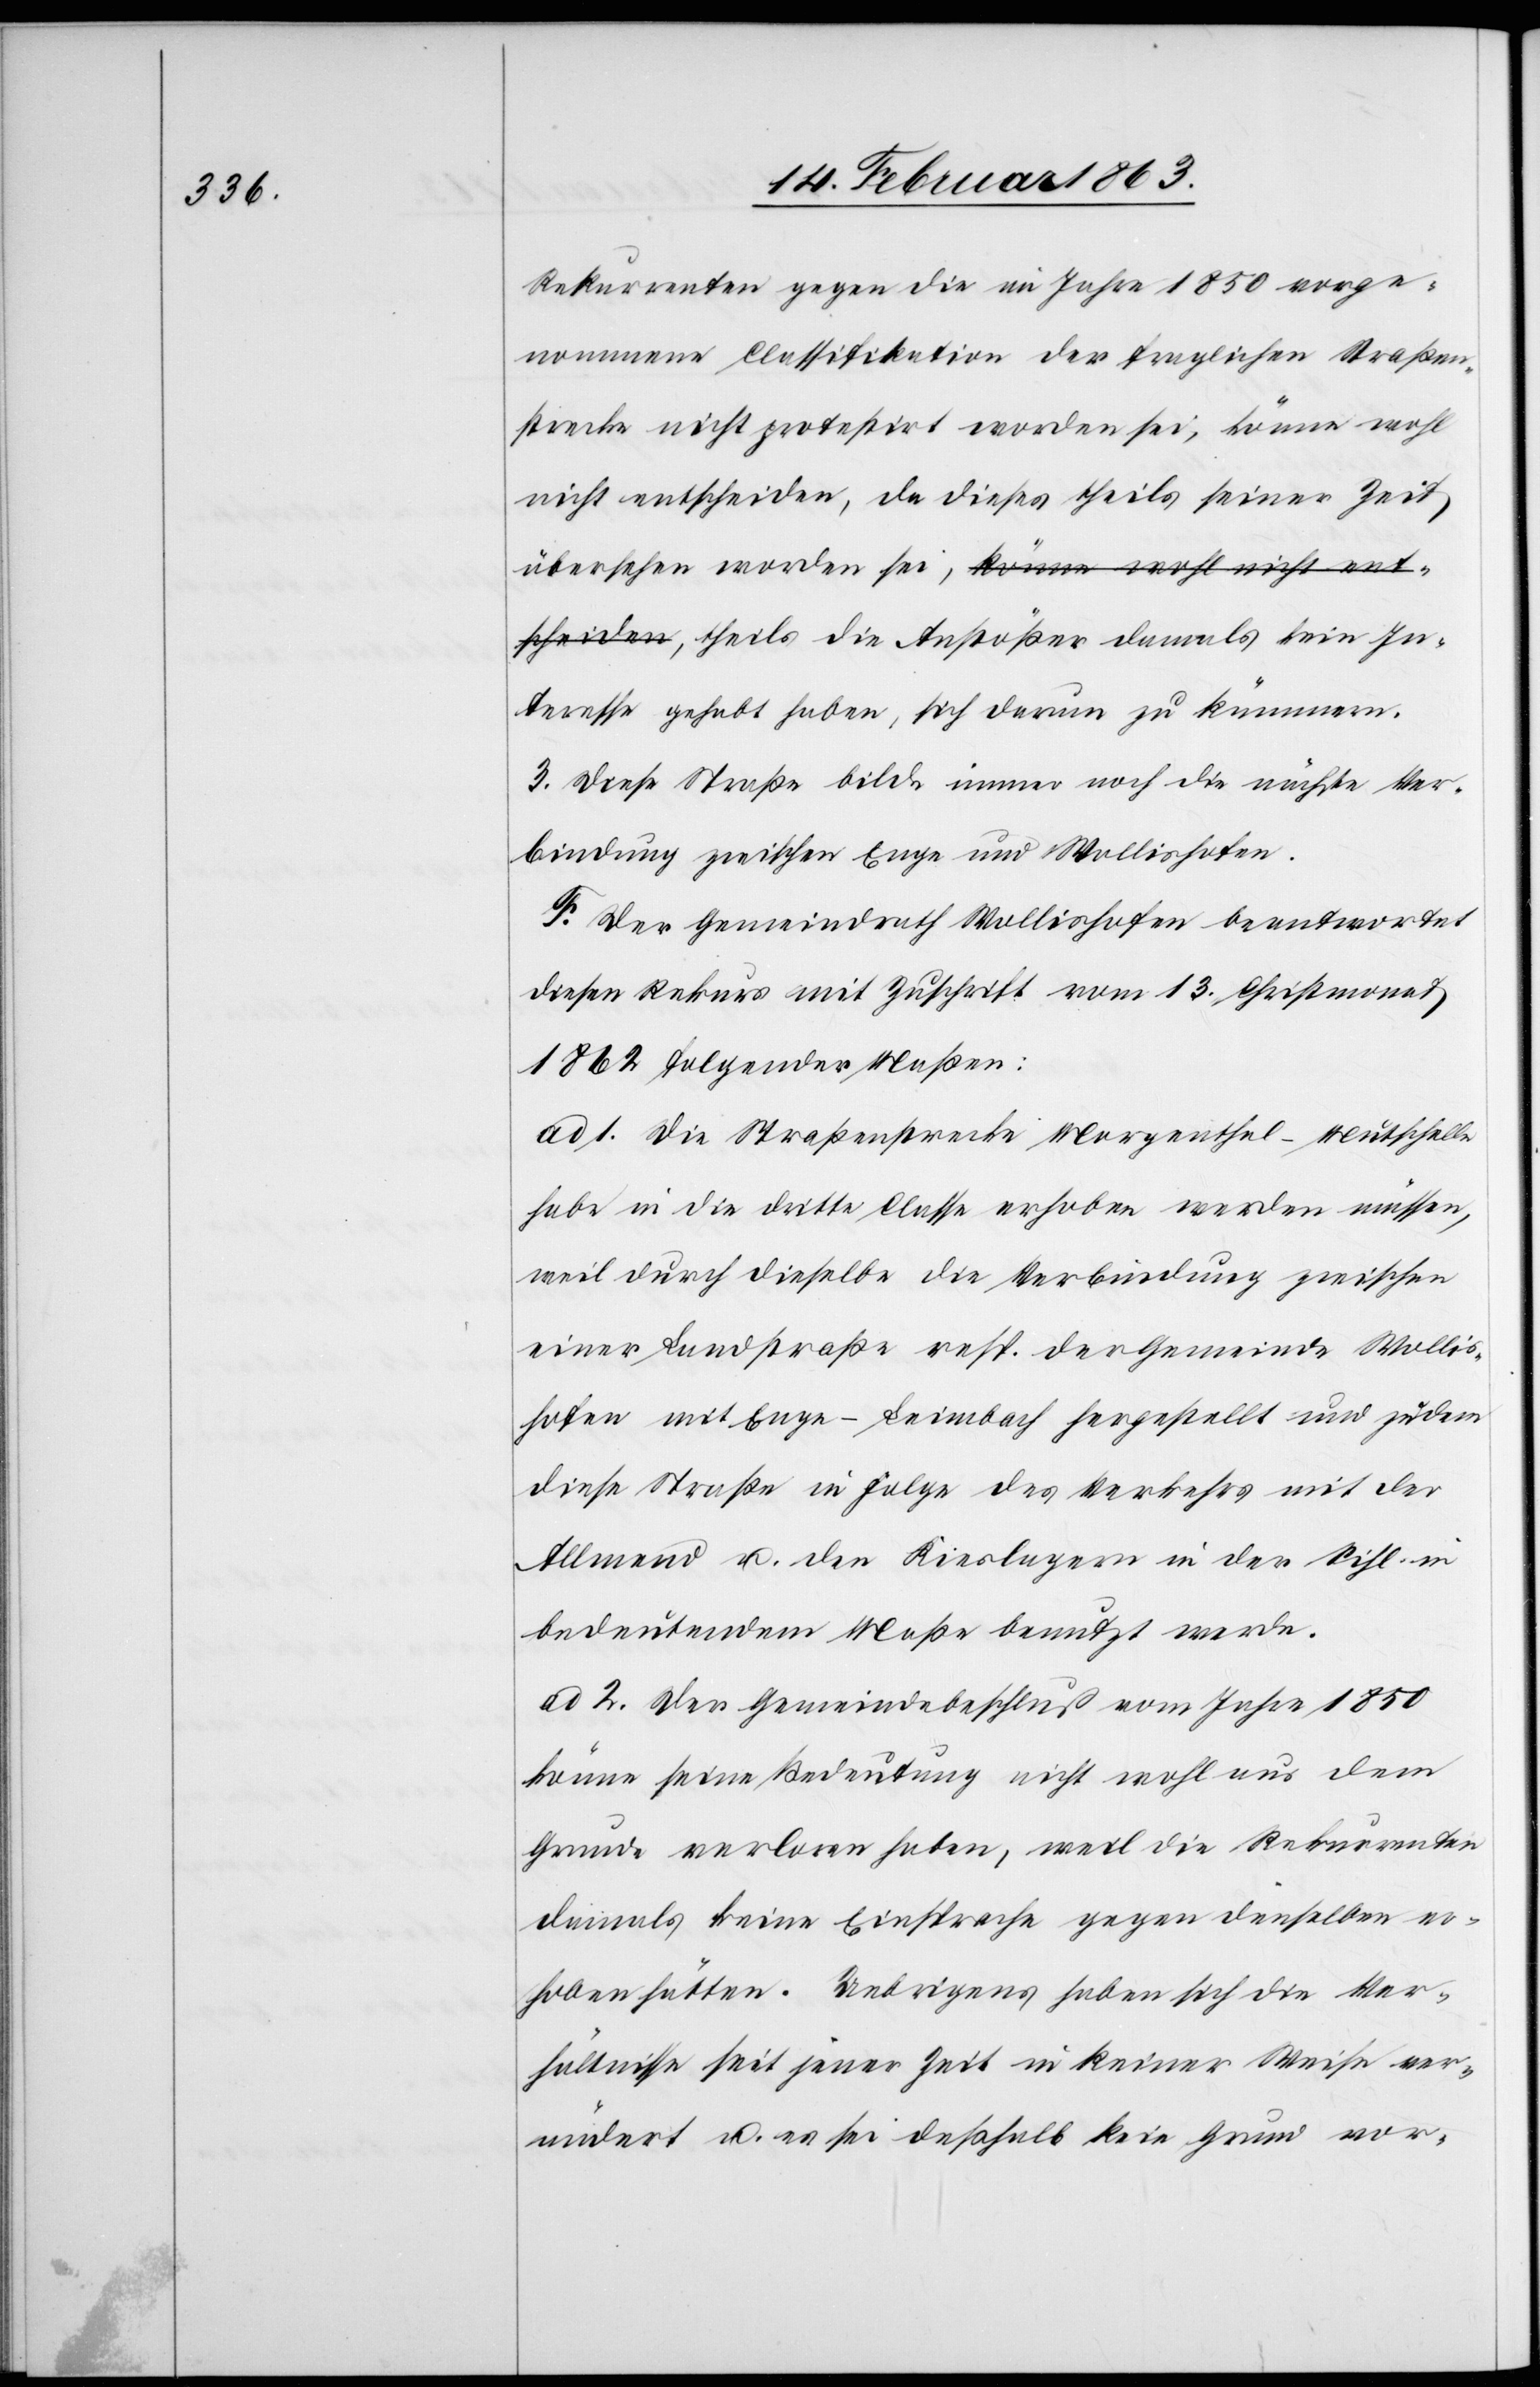
ößer

Rekurrenten gegen die im Jahre 1850 vorge¬
nommene Classifikation der fraglichen Straßen¬
strecke nicht protestirt worden sei, könne wohl
nicht entscheiden, da dieses theils seiner Zeit
übersehen worden sei, theils die Anst¬
Interesse gehabt haben, sich darum zu kümmern.
3.) Diese Straße bilde immer noch die nächste Ver¬
bindung zwischen Enge und Wollishofen.
F. Der Gemeindrath Wollishofen beantwortet
diesen Rekurs mit Zuschrift vom 13. Christmonat
1862 folgender Maßen:
ad 1. Die Straßenstrecke Morgenthal–Mutschelle
habe in die dritte Classe erhoben werden müssen,
weil durch dieselbe die Verbindung zwischen
einer Landstraße resp. der Gemeinde Wollis¬
hofen mit Enge–Leimbach hergestellt und zudem
diese Straße in Folge des Verkehrs mit der
Allmend u. den Kieslagern in der Sihl in
bedeutendem Maße benutzt werde.
ad 2. Der Gemeindebeschluß vom Jahre 1850
könne seine Bedeutung nicht wohl aus dem
Grunde verloren haben, weil die Rekurrenten
damals keine Einsprache gegen denselben er¬
hoben hätten. Uebrigens haben sich die Ver¬
hältnisse seit jener Zeit in keiner Weise ver¬
ändert u. es sei deßhalb kein Grund vor-